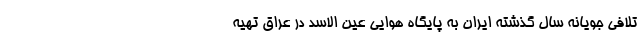
تلافی جویانه سال گذشته ایران به پایگاه هوایی عین الاسد در عراق تهیه